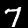
Label: 7